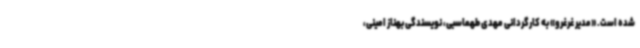
شده است. «مدیر غرغرو» به کارگردانی مهدی طهماسبی، نویسندگی بهناز امینی،